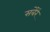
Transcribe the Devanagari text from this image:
सबेरें